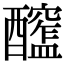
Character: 𨣮